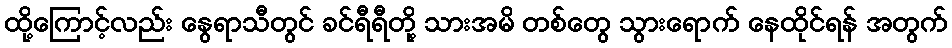
ထို့ကြောင့်လည်း နွေရာသီတွင် ခင်ရီရီတို့ သားအမိ တစ်တွေ သွားရောက် နေထိုင်ရန် အတွက်